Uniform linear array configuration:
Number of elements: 32
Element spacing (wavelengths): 0.5
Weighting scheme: hann
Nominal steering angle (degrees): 15
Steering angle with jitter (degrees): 13.395
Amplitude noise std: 0.05
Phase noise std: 0.05

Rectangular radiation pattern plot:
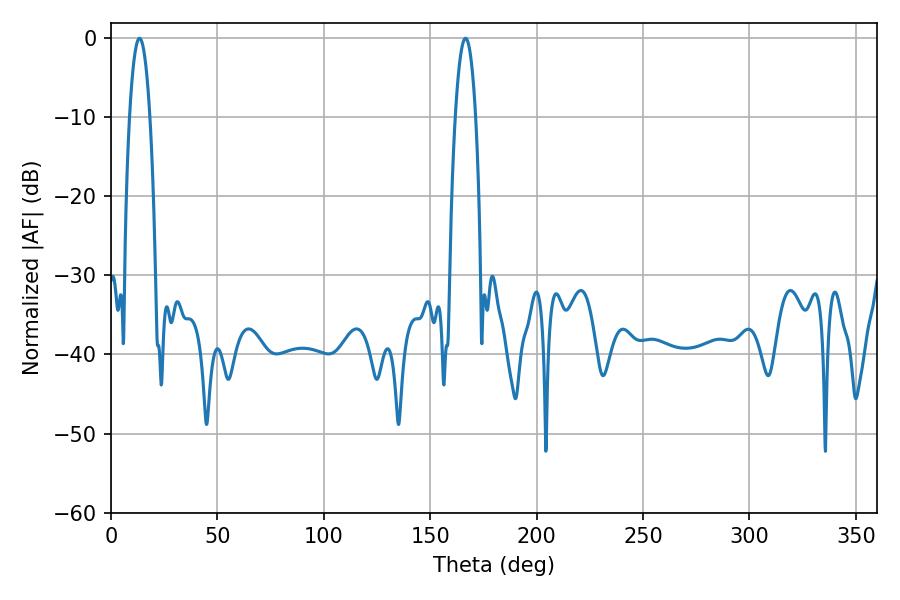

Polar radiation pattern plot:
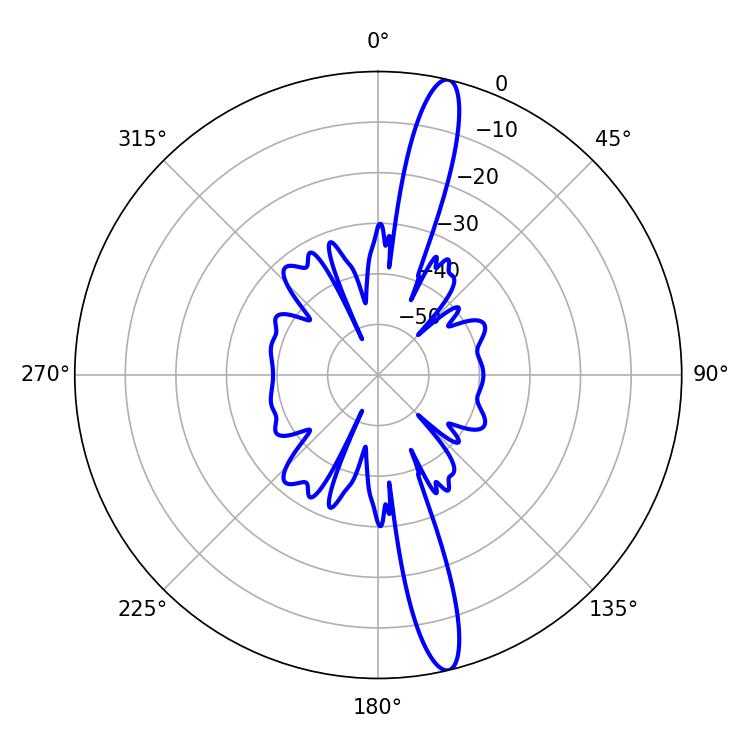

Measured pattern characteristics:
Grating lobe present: FALSE
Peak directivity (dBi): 16.364
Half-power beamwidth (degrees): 5.22
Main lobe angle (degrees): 13.32